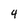
Character: 4